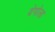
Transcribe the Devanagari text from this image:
येगोला